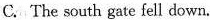
C.The south gate fell down.